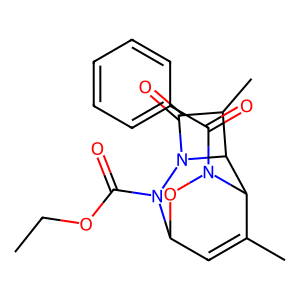
SMILES: CCOC(=O)N1C2C=C(C)C(C3C(C)C(=O)N31)N(C(=O)c1ccccc1)O2
Inhibits HIV replication: No